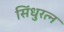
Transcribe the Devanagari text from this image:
सिंधुरत्‍न